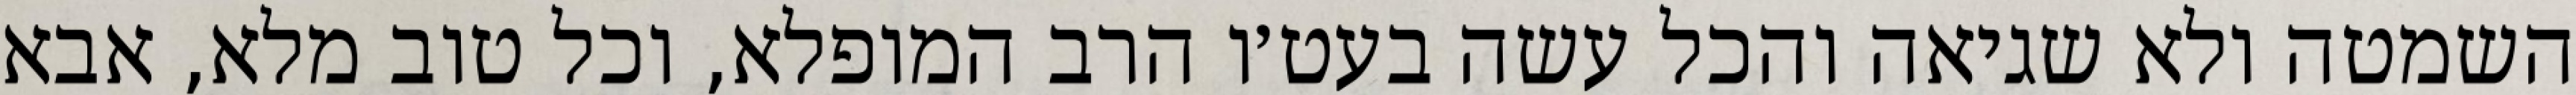
השמטה ולא שגיאה והכל עשה בעט׳ו הרב המופלא, וכל טוב מלא, אבא